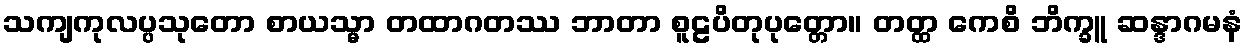
သကျကုလပ္ပသုတော စာယသ္မာ တထာဂတဿ ဘာတာ စူဠပိတုပုတ္တော။ တတ္ထ ကေစိ ဘိက္ခူ ဆန္ဒာဂမနံ